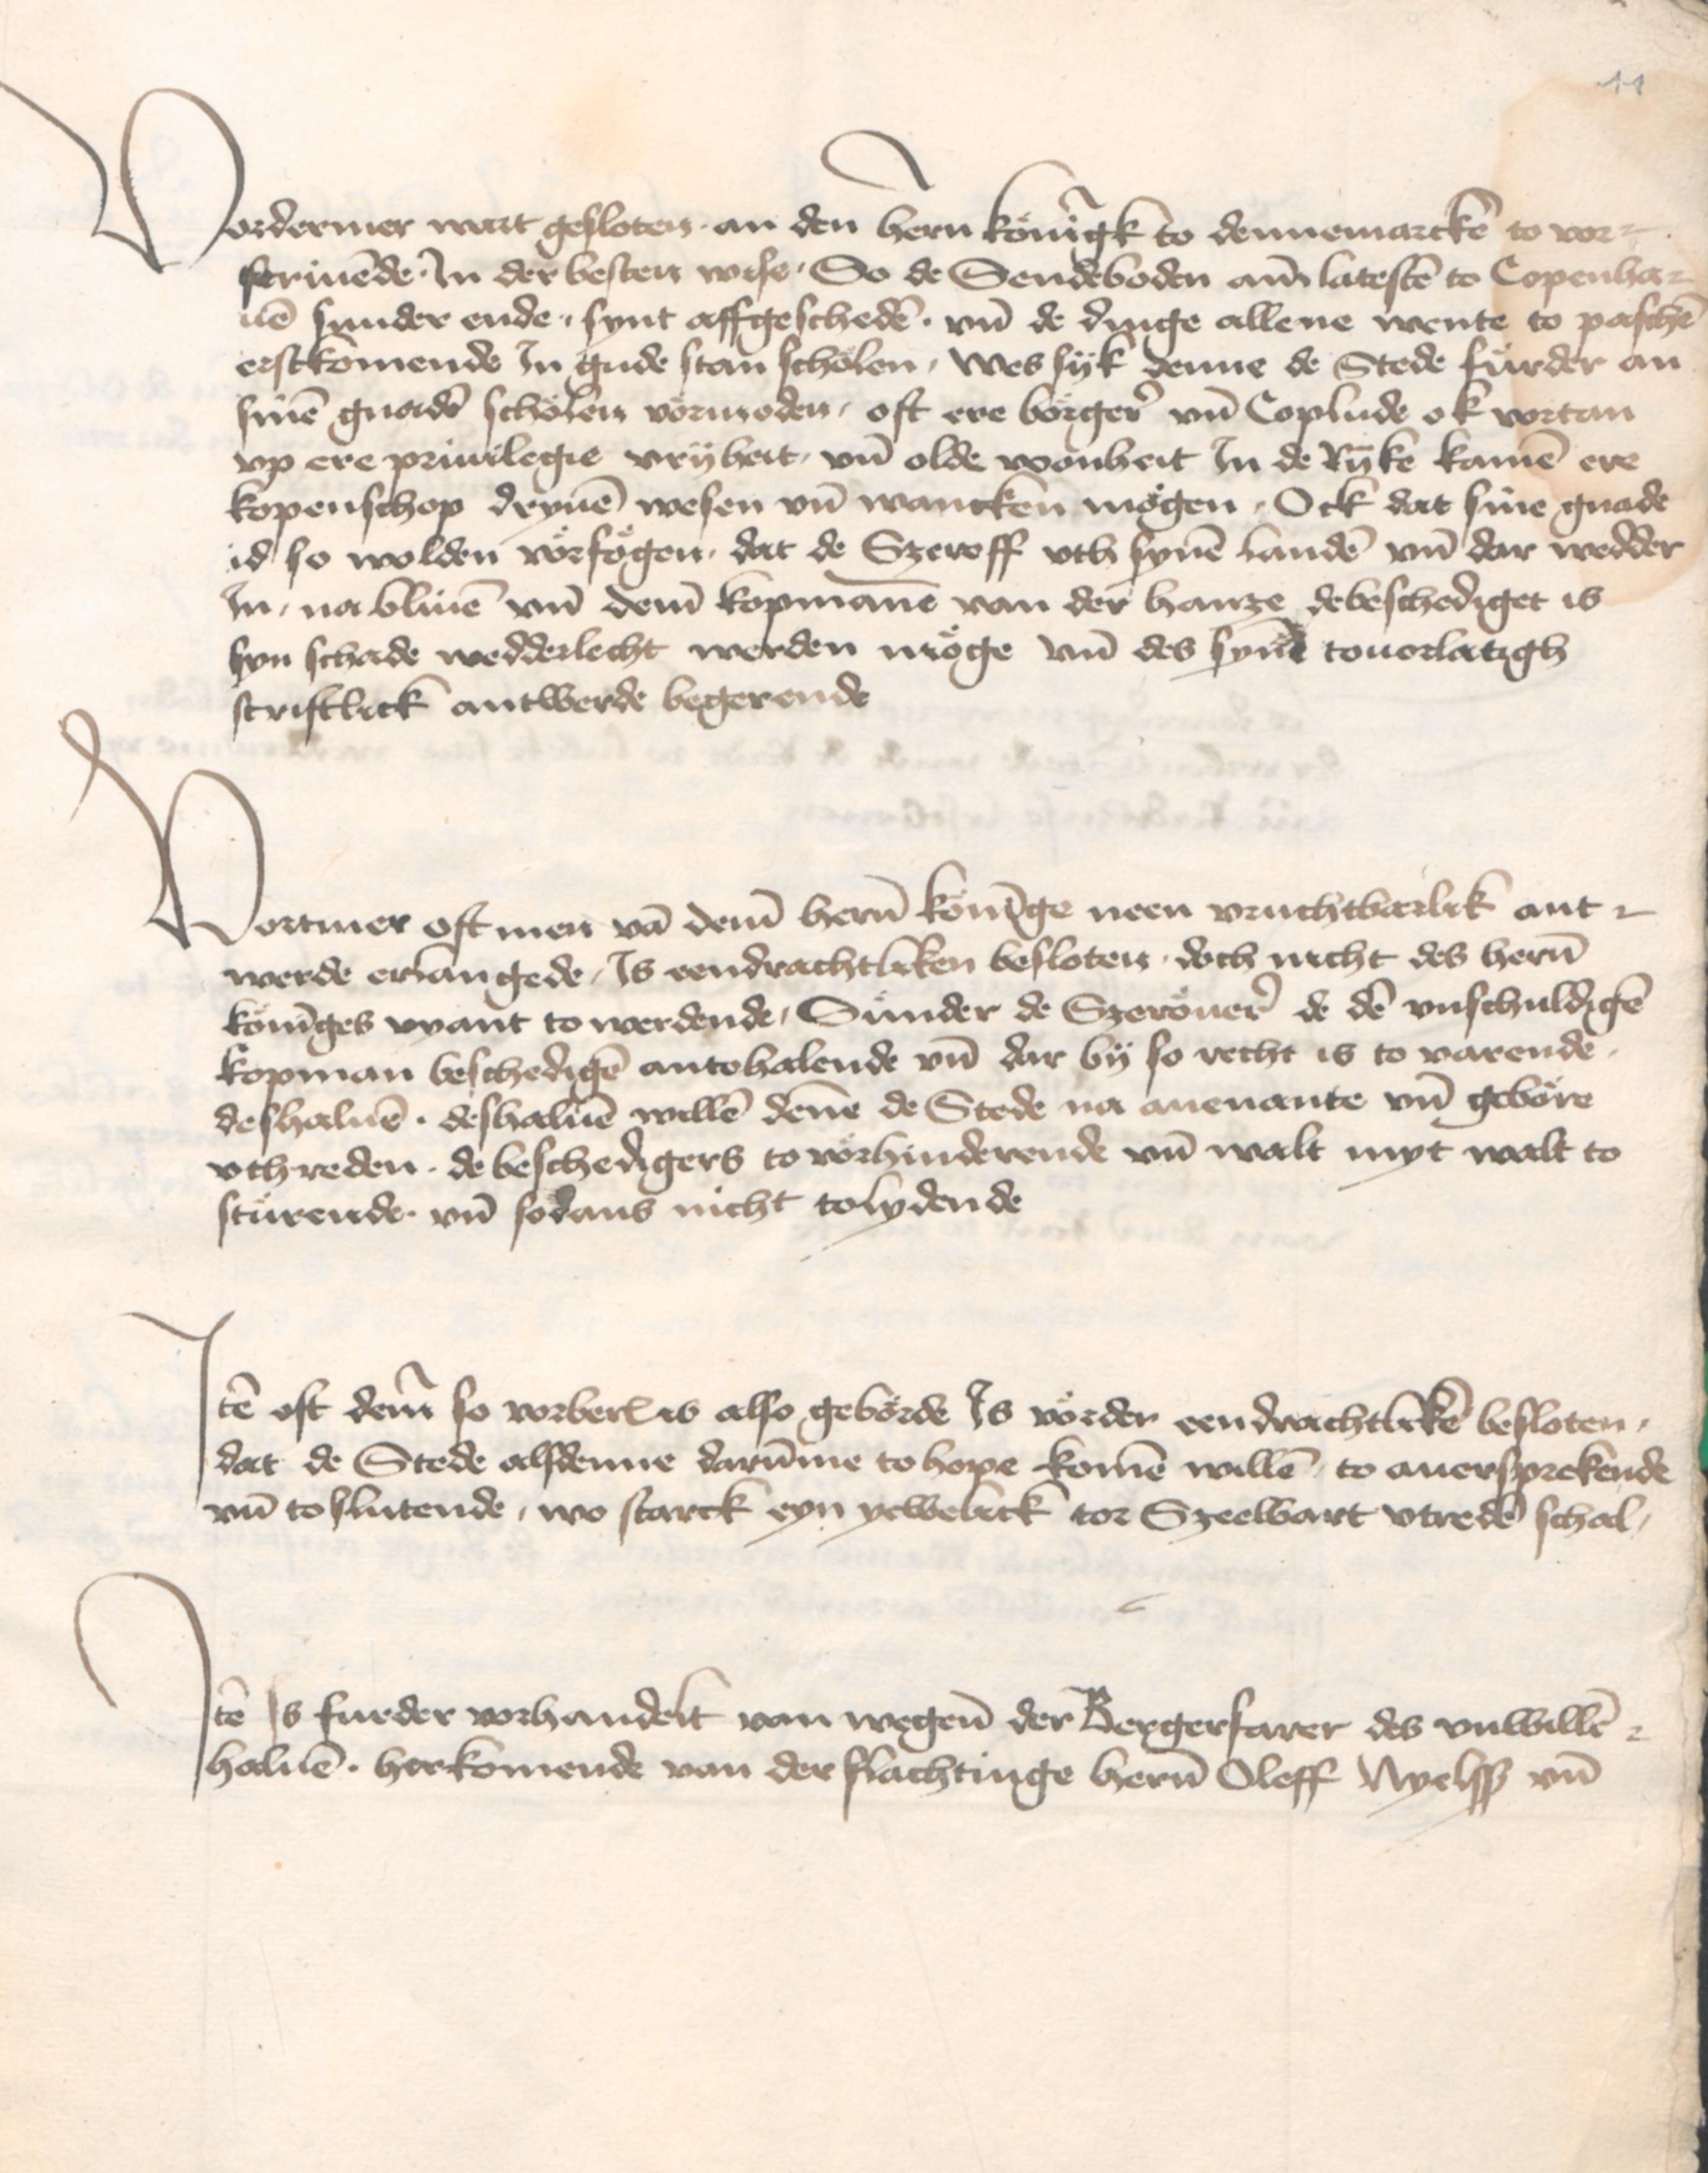
11

Vordermer wart gesloten, an den heren koningk to Dennemarcke to vor¬
scriuende . Jn der besten wise . So de Sendeboden ame latesten to Copenha¬
uen sunder ende . synt affgescheden vnd de dinge allene wente to paschen
erstkomende Jn gude stan scholen, wes syk denne de Stede furder an
sinen gnaden scholen vormoden, oft ere borgere vnd Coplude ok vortan
vp ere priuilegie vryheit, vnd olde wonheit Jn de Ryke kamen ere
kopenschop drynen wesen vnd wancken moegen . Ock dat sine gnade
id so wolden vorfoegen, dat de Szeroff vth synen landen vnd dar wedder
Jn, na bliuen vnd deme kopmanne van der hanze de beschediget is
syn schade wedderlecht werden moege vnd des synen touorlatigh
scriftlick antwerde begerende.

Vortmer oft men van deme heren koninge neen vruchtbarlik ant¬
werde erlangede, Js eendrachtliken besloten . doch nicht des heren
koninges vyant to werdende, Sunder de Szerouer de den vnschuldigen
kopman beschedigen antohalende vnd dar by so recht is to varende
deshaluen . deshaluen willen denne de Stede na auenante vnd gebore
vthreden . de beschedigers to vorhinderende vnd walt myt walt to
sturende . vnd sodans nicht tolydende.

Jtem oft deme so vorberored is also geborde Js vorder eendrachtliken besloten,
dat de Stede alsdenne darumme to hope komen willen, to auersprekende
vnd toslutende, wo starck eyn yewelick tor Szeewart vtreden schal.

Jtem Js furder vorhandelt van wegene der Bergerfarer des vnwillen
haluen . herkomende van der flachtinge heren Oleff Nyelss vnd